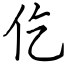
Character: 仡